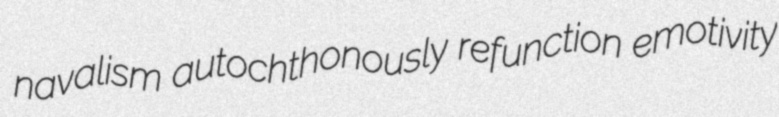
navalism autochthonously refunction emotivity